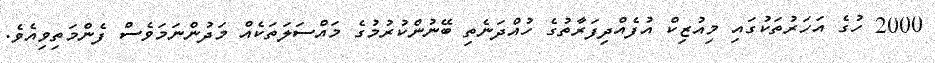
2000 ހުގެ އަހަރުތަކުގައި މިއުޒިކް އުފެއްދިފަރާތުގެ ހުއްދަނެތި ބޭނުންކުރުމުގެ މައްސަލަތަކެއް މަދުންނަމަވެސް ފެންމަތިވިއެވެ.